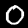
Label: 0